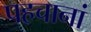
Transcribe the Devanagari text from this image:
पहचानां